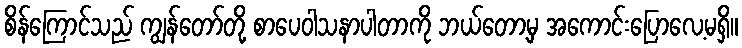
စိန်ကြောင်သည် ကျွန်တော်တို့ စာပေဝါသနာပါတာကို ဘယ်တော့မှ အကောင်းပြောလေ့မရှိ။